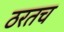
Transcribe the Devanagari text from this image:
ठरतच